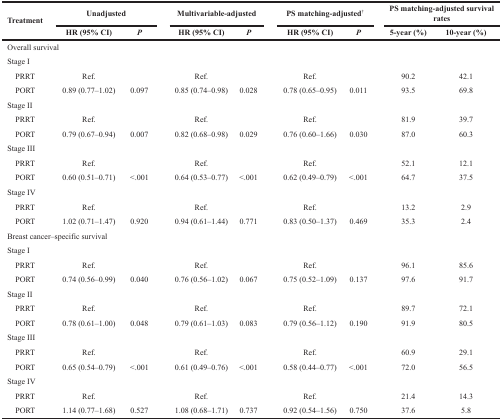
<table><thead><tr><td rowspan="2"><b>Treatment</b></td><td colspan="2"><b>Unadjusted</b></td><td colspan="2"><b>Multivariable-adjusted</b></td><td colspan="2"><b>PS matching-adjusted<sup>†</sup></b></td><td colspan="2"><b>PS matching-adjusted survival rates</b></td></tr><tr><td><b>HR (95% CI)</b></td><td><b><i>P</i></b></td><td><b>HR (95% CI)</b></td><td><b><i>P</i></b></td><td><b>HR (95% CI)</b></td><td><b><i>P</i></b></td><td><b>5-year (%)</b></td><td><b>10-year (%)</b></td></tr></thead><tbody><tr><td colspan="9">Overall survival</td></tr><tr><td colspan="9">Stage I</td></tr><tr><td> PRRT</td><td>Ref.</td><td></td><td>Ref.</td><td></td><td>Ref.</td><td></td><td>90.2</td><td>42.1</td></tr><tr><td> PORT</td><td>0.89 (0.77–1.02)</td><td>0.097</td><td>0.85 (0.74–0.98)</td><td>0.028</td><td>0.78 (0.65–0.95)</td><td>0.011</td><td>93.5</td><td>69.8</td></tr><tr><td colspan="9">Stage II</td></tr><tr><td> PRRT</td><td>Ref.</td><td></td><td>Ref.</td><td></td><td>Ref.</td><td></td><td>81.9</td><td>39.7</td></tr><tr><td> PORT</td><td>0.79 (0.67–0.94)</td><td>0.007</td><td>0.82 (0.68–0.98)</td><td>0.029</td><td>0.76 (0.60–1.66)</td><td>0.030</td><td>87.0</td><td>60.3</td></tr><tr><td colspan="9">Stage III</td></tr><tr><td> PRRT</td><td>Ref.</td><td></td><td>Ref.</td><td></td><td>Ref.</td><td></td><td>52.1</td><td>12.1</td></tr><tr><td> PORT</td><td>0.60 (0.51–0.71)</td><td>&lt;.001</td><td>0.64 (0.53–0.77)</td><td>&lt;.001</td><td>0.62 (0.49–0.79)</td><td>&lt;.001</td><td>64.7</td><td>37.5</td></tr><tr><td colspan="9">Stage IV</td></tr><tr><td> PRRT</td><td>Ref.</td><td></td><td>Ref.</td><td></td><td>Ref.</td><td></td><td>13.2</td><td>2.9</td></tr><tr><td> PORT</td><td>1.02 (0.71–1.47)</td><td>0.920</td><td>0.94 (0.61–1.44)</td><td>0.771</td><td>0.83 (0.50–1.37)</td><td>0.469</td><td>35.3</td><td>2.4</td></tr><tr><td colspan="9">Breast cancer–specific survival</td></tr><tr><td colspan="9">Stage I</td></tr><tr><td> PRRT</td><td>Ref.</td><td></td><td>Ref.</td><td></td><td>Ref.</td><td></td><td>96.1</td><td>85.6</td></tr><tr><td> PORT</td><td>0.74 (0.56–0.99)</td><td>0.040</td><td>0.76 (0.56–1.02)</td><td>0.067</td><td>0.75 (0.52–1.09)</td><td>0.137</td><td>97.6</td><td>91.7</td></tr><tr><td colspan="9">Stage II</td></tr><tr><td> PRRT</td><td>Ref.</td><td></td><td>Ref.</td><td></td><td>Ref.</td><td></td><td>89.7</td><td>72.1</td></tr><tr><td> PORT</td><td>0.78 (0.61–1.00)</td><td>0.048</td><td>0.79 (0.61–1.03)</td><td>0.083</td><td>0.79 (0.56–1.12)</td><td>0.190</td><td>91.9</td><td>80.5</td></tr><tr><td colspan="9">Stage III</td></tr><tr><td> PRRT</td><td>Ref.</td><td></td><td>Ref.</td><td></td><td>Ref.</td><td></td><td>60.9</td><td>29.1</td></tr><tr><td> PORT</td><td>0.65 (0.54–0.79)</td><td>&lt;.001</td><td>0.61 (0.49–0.76)</td><td>&lt;.001</td><td>0.58 (0.44–0.77)</td><td>&lt;.001</td><td>72.0</td><td>56.5</td></tr><tr><td colspan="9">Stage IV</td></tr><tr><td> PRRT</td><td>Ref.</td><td></td><td>Ref.</td><td></td><td>Ref.</td><td></td><td>21.4</td><td>14.3</td></tr><tr><td> PORT</td><td>1.14 (0.77–1.68)</td><td>0.527</td><td>1.08 (0.68–1.71)</td><td>0.737</td><td>0.92 (0.54–1.56)</td><td>0.750</td><td>37.6</td><td>5.8</td></tr></tbody></table>